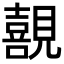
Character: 𭌊